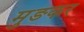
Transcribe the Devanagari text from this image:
मुङकर